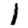
Digit: 1